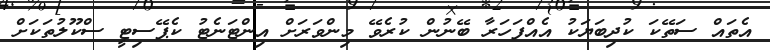
އެތައް ސަތޭކަ ކުދިބަޔަކު އެއްފަހަރާ ބޭނުން ކުރެވޭ މިންވަރަށް އިންޓަނެޓު ކެޕޭސިޓީ ސްކޫލުތަކަށް